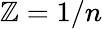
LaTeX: \mathbb{Z}=1/n